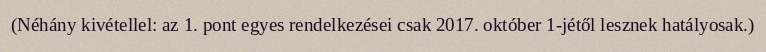
(Néhány kivétellel: az 1. pont egyes rendelkezései csak 2017. október 1-jétől lesznek hatályosak.)